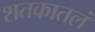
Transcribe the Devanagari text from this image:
शतकातलं